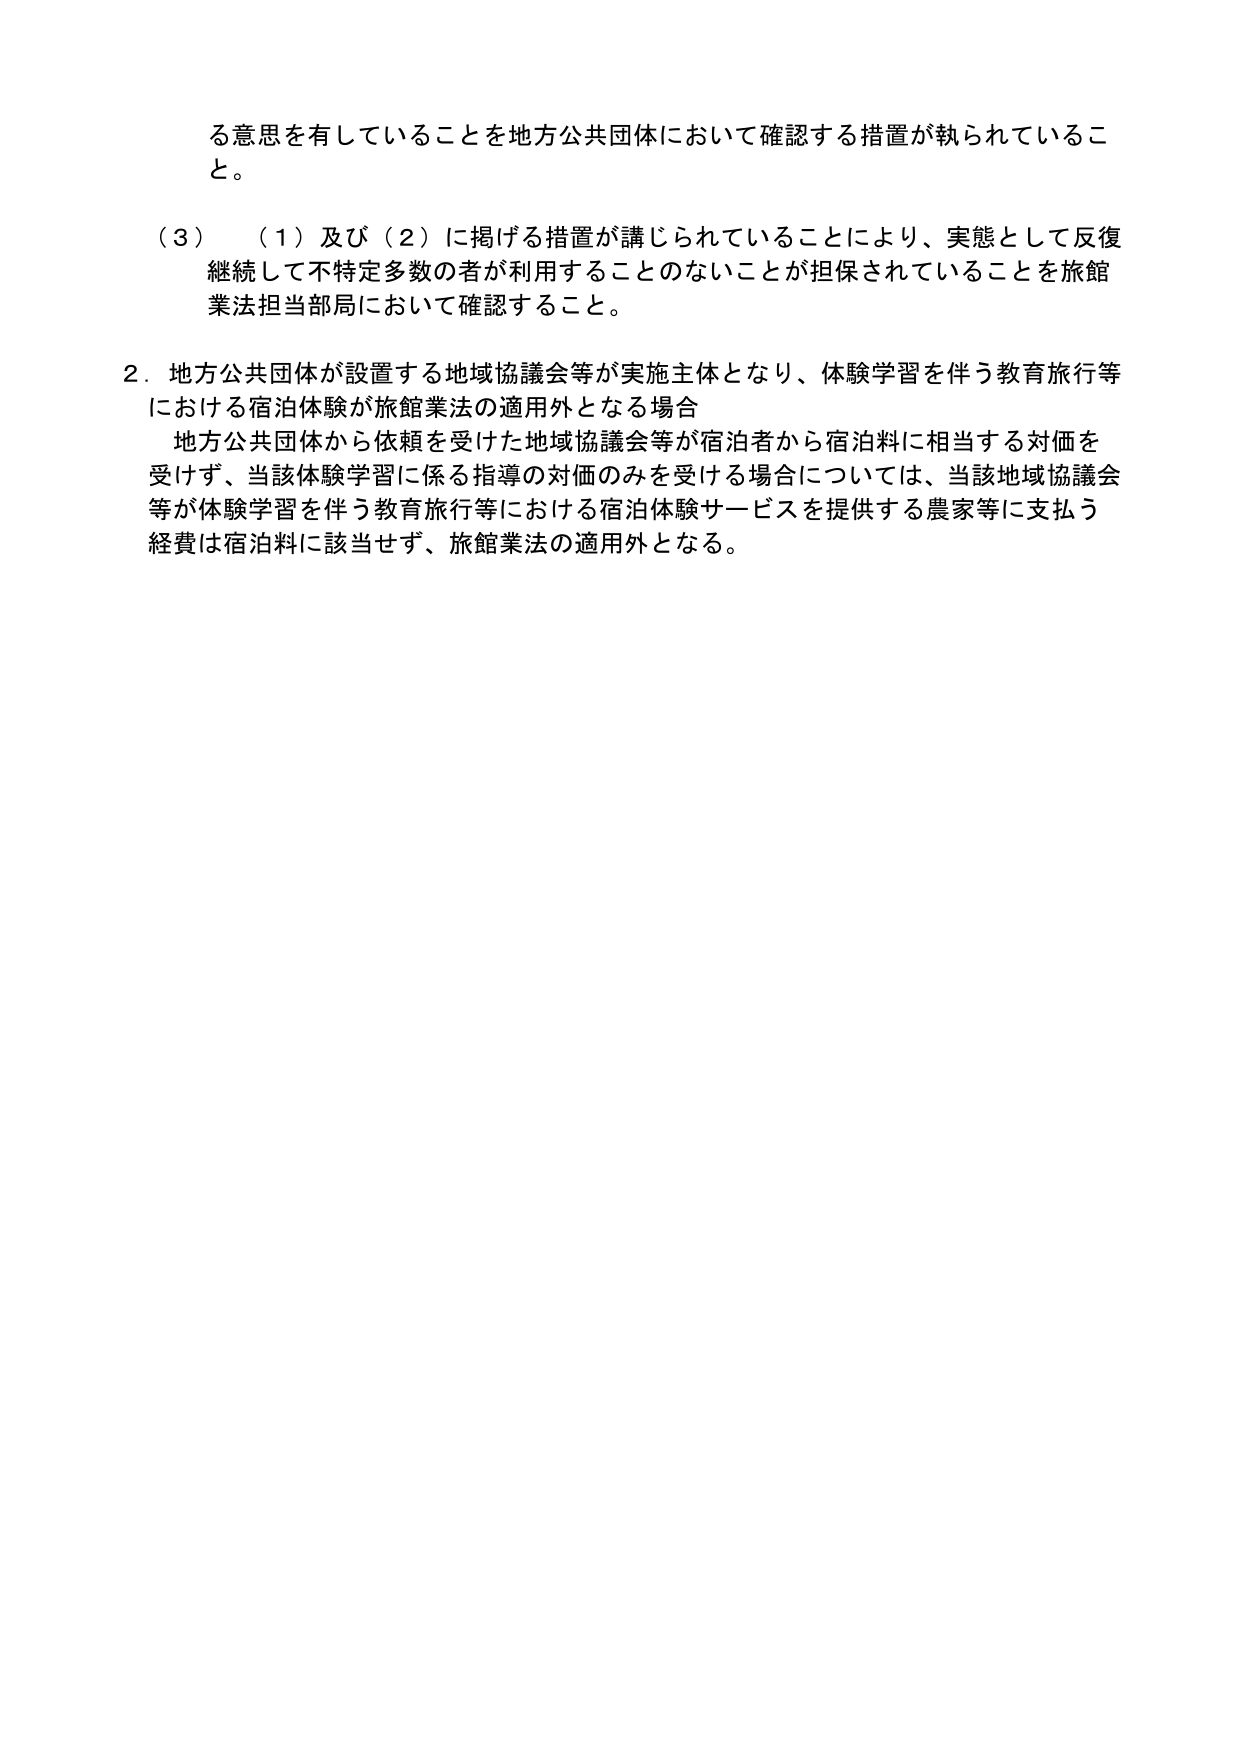
る意思を有していることを地方公共団体において確認する措置が執られていること。

（３）　（１）及び（２）に掲げる措置が講じられていることにより、実態として反復継続して不特定多数の者が利用することのないことが担保されていることを旅館業法担当部局において確認すること。

２．地方公共団体が設置する地域協議会等が実施主体となり、体験学習を伴う教育旅行等における宿泊体験が旅館業法の適用外となる場合
　地方公共団体から依頼を受けた地域協議会等が宿泊者から宿泊料に相当する対価を受けず、当該体験学習に係る指導の対価のみを受ける場合については、当該地域協議会等が体験学習を伴う教育旅行等における宿泊体験サービスを提供する農家等に支払う経費は宿泊料に該当せず、旅館業法の適用外となる。